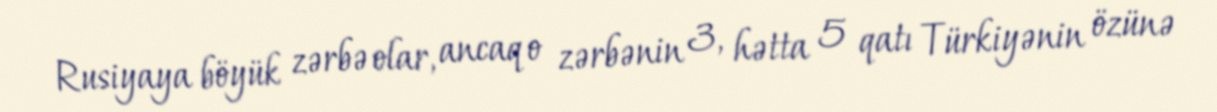
Rusiyaya böyük zərbə olar, ancaq o zərbənin 3, hətta 5 qatı Türkiyənin özünə